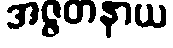
အဇ္ဇတနာယ